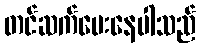
တင်ဆက်ပေးနေပါသည်